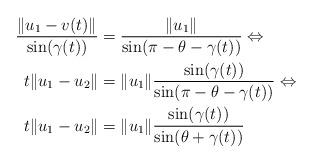
LaTeX: \begin{align*} \frac {\lVert u_1-v(t)\rVert }{\sin(\gamma(t))}&=\frac{\lVert u_1\rVert }{\sin(\pi-\theta-\gamma(t))} \Leftrightarrow \\ {t\lVert u_1-u_2\rVert }&=\lVert u_1\rVert \frac{{\sin(\gamma(t))}}{\sin(\pi-\theta-\gamma(t))} \Leftrightarrow \\ {t\lVert u_1-u_2\rVert }&=\lVert u_1\rVert \frac{{\sin(\gamma(t))}}{\sin(\theta+\gamma(t))}\end{align*}